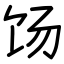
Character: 饧